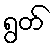
ရွတ်